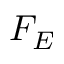
F _ { E }